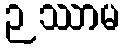
ဉဿာမ